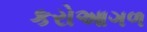
કરોઆગળ